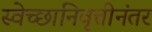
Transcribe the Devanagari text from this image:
स्वेच्छानिवृत्तीनंतर